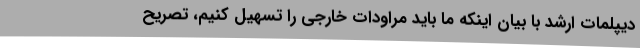
دیپلمات ارشد با بیان اینکه ما باید مراودات خارجی را تسهیل کنیم، تصریح